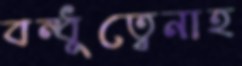
বন্ধুত্বেনাহ